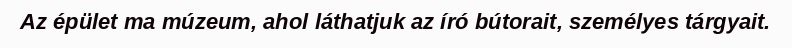
Az épület ma múzeum, ahol láthatjuk az író bútorait, személyes tárgyait.